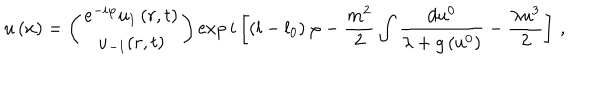
LaTeX: u \left( x \right) = \left( \begin{array} { c } { { e ^ { - i \varphi } u _ { 1 } \left( r , t \right) } } \\ { { u _ { - 1 } ( r , t ) } } \\ \end{array} \right) \exp i \left[ \left( l - l _ { 0 } \right) \varphi - \frac { m ^ { 2 } } { 2 } \int \frac { d u ^ { 0 } } { \lambda + g \left( u ^ { 0 } \right) } - \frac { \lambda u ^ { 3 } } { 2 } \right] \, ,